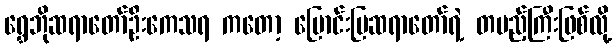
ရွှေဘိုဆရာတော်ဦးကေသရ ကတော့ မြောင်းမြဆရာတော်ရဲ့ တပည့်ကြီးဖြစ်လို့